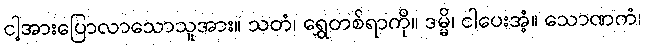
ငါ့အားပြောလာသောသူအား။ သတံ၊ ရွှေတစ်ရာကို။ ဒမ္မိ၊ ငါပေးအံ့။ သောဏကံ၊